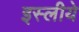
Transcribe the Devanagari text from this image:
इस्लीये